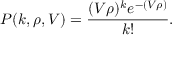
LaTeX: P ( k , \rho , V ) = { \frac { ( V \rho ) ^ { k } e ^ { - ( V \rho ) } } { k ! } } . \,